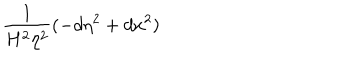
\frac 1 { H ^ { 2 } \eta ^ { 2 } } ( - d \eta ^ { 2 } + d x ^ { 2 } )